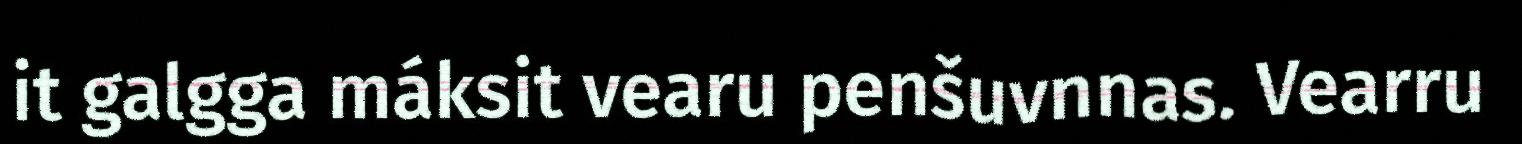
it galgga máksit vearu penšuvnnas. Vearru